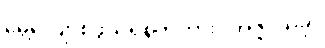
မွေ့လျော်စဖွယ်ရှိစွတကား။ အဇ္ဇ၊ ယခု။